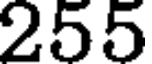
255